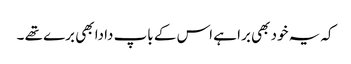
کہ یہ خود بھی برا ہے اس کے باپ دادا بھی برے تھے ۔